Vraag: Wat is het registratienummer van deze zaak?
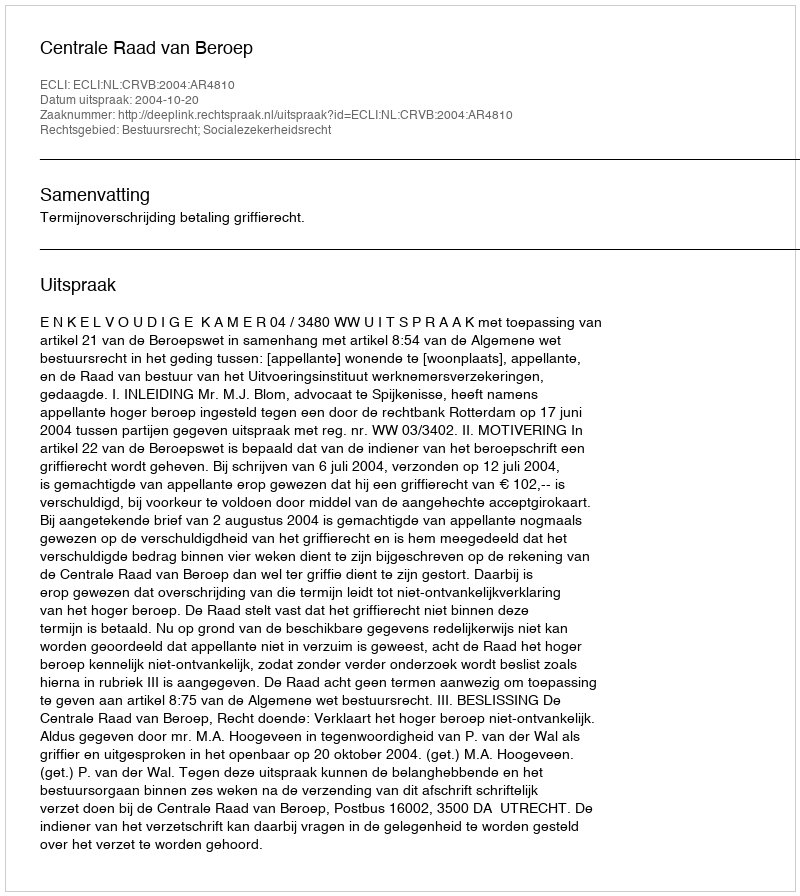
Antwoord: http://deeplink.rechtspraak.nl/uitspraak?id=ECLI:NL:CRVB:2004:AR4810